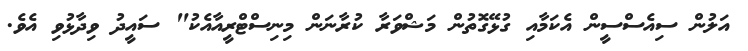
އަލުން ސިއެސްސީން އެކަމާއި ގުޅޭގޮތުން މަޝްވަރާ ކުރާނަން މިނިސްޓްރީއާއެކު" ސައީދު ވިދާޅުވި އެވެ.